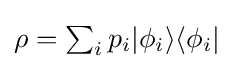
{\textstyle \rho =\sum _{i}p_{i}|\phi _{i}\rangle \langle \phi _{i}|}